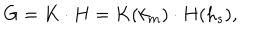
LaTeX: G = K \cdot H = K ( k _ { m } ) \cdot H ( h _ { s } ) ,